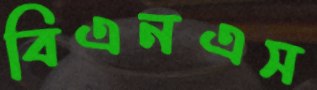
বিএনএস